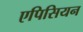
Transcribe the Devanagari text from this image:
एपिसियन